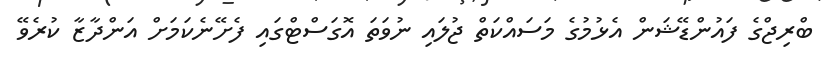
ބްރިޖްގެ ފައުންޑޭޝަން އެޅުމުގެ މަސައްކަތް ޖުލައި ނުވަތަ އޮގަސްޓްގައި ފެށޭނެކަމަށް އަންދާޒާ ކުރެވޭ